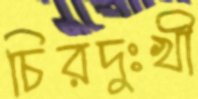
চিরদুঃখী